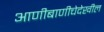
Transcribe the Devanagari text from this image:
आणीबाणीचेदेखील